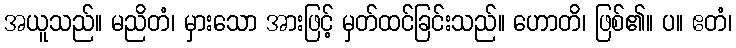
အယူသည်။ မညိတံ၊ မှားသော အားဖြင့် မှတ်ထင်ခြင်းသည်။ ဟောတိ၊ ဖြစ်၏။ ပ။ ဧတံ၊